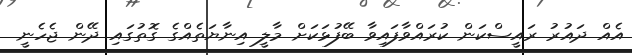
އެއް ދައުރު ރައީސްކަން ކުރައްވާފައިވާ ބޭފުޅަކަށް މާލީ އިނާޔަތެއްގެ ގޮތުގައި ދޭން ޖެހެނީ